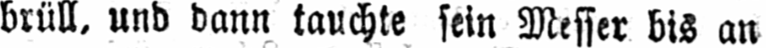
brüll, und dann tauchte sein Messer bis an